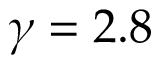
\gamma = 2 . 8